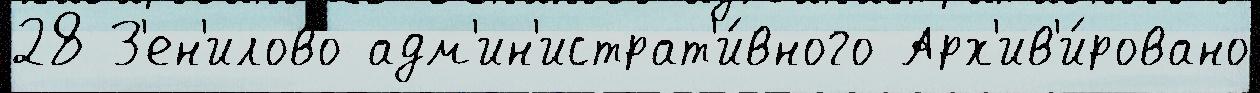
28 З'ен'илово адм'ин'истрат'и́вного Арх'ив'и́ровано